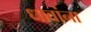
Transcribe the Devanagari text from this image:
धावांना